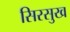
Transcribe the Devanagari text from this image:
सिरसुख